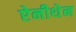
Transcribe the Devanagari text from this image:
ऐनीथेन